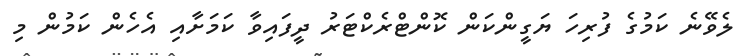
ލެވޭނެ ކަމުގެ ފުރިހަ ޔަގީންކަން ކޮންޓްރެކްޓަރު ދީފައިވާ ކަމަށާއި އެހެން ކަމުން މި